Indian journal of veterinary science and animal husbandry - Volumes 15-17, 1948-1951
Year: 1948
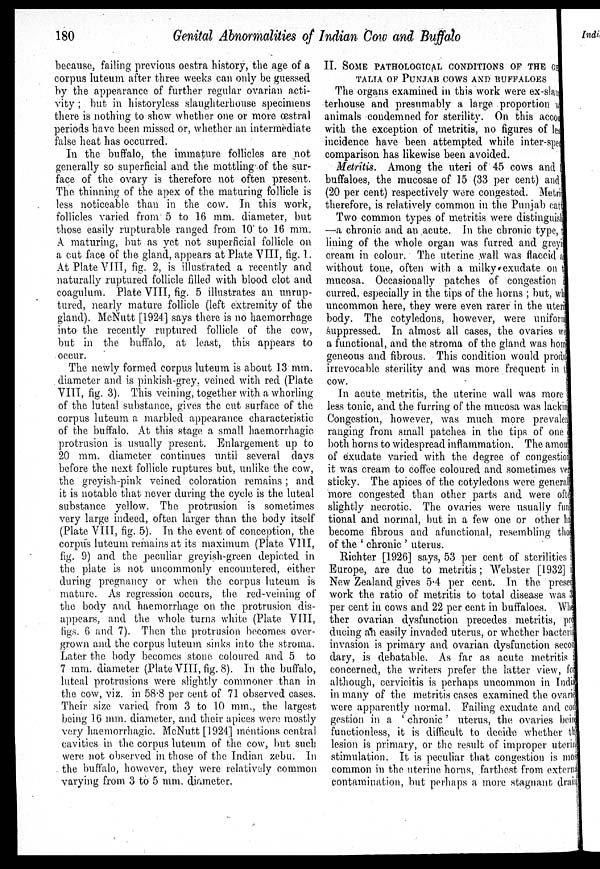
180
Genital Abnormalities of Indian Cow and Buffalo
because, failing previous oestra history, the age of a
corpus luteum after three weeks can only be guessed
by the appearance of further regular ovarian acti-
vity ; but in historyless slaughterhouse specimens
there is nothing to show whether one or more æstral
periods have been missed or, whether an intermediate
false heat has occurred.
In the buffalo, the immature follicles are not
generally so superficial and the mottling of the sur-
face of the ovary is therefore not often present.
The thinning of the apex of the maturing follicle is
less noticeable than in the cow. In this work,
follicles varied from 5 to 16 mm. diameter, but
those easily rupturable ranged from 10 to 16 mm.
A maturing, but as yet not superficial follicle on
a cut face of the gland, appears at Plate VIII, fig. 1.
At Plate VIII, fig. 2, is illustrated a recently and
naturally ruptured follicle filled with blood clot and
coagulum. Plate VIII, fig. 5 illustrates an unrup-
tured, nearly mature follicle (left extremity of the
gland). McNutt [1924] says there is no haemorrhage
into the recently ruptured follicle of the cow,
but in the buffalo, at least, this appears to
occur.
The newly formed corpus luteum is about 13 mm.
diameter and is pinkish-grey, veined with red (Plate
VIII, fig. 3). This veining, together with a whorling
of the luteal substance, gives the cut surface of the
corpus luteum a marbled appearance characteristic
of the buffalo. At this stage a small haemorrhagic
protrusion is usually present. Enlargement up to
20 mm. diameter continues until several days
before the next follicle ruptures but, unlike the cow,
the greyish-pink veined coloration remains; and
it is notable that never during the cycle is the luteal
substance yellow. The protrusion is sometimes
very large indeed, often larger than the body itself
(Plate VIII, fig. 5). In the event of conception, the
corpus luteum remains at its maximum (Plate VIII,
fig. 9) and the peculiar greyish-green depicted in
the plate is not uncommonly encountered, either
during pregnancy or when the corpus luteum is
mature. As regression occurs, the red-veining of
the body and haemorrhage on the protrusion dis-
appears, and the whole turns white (Plate VIII,
figs. 6 and 7). Then the protrusion becomes over-
grown and the corpus luteum sinks into the stroma.
Later the body becomes stone coloured and 5 to
7 mm. diameter (Plate VIII, fig. 8). In the buffalo,
luteal protrusions were slightly commoner than in
the cow, viz. in 58.8 per cent of 71 observed cases.
Their size varied from 3 to 10 mm., the largest
being 16 mm. diameter, and their apices were mostly
very haemorrhagic. McNutt [1924] mentions central
cavities in the corpus luteum of the cow, but such
were not observed in those of the Indian zebu. In
the buffalo, however, they were relatively common
varying from 3 to 5 mm. diameter.
II. SOME PATHOLOGICAL CONDITION OF THE GENI
TALIA OF PUNJAB COWS AND BUFFALOES
The organs examined in this work were ex-slaugh
terhouse and presumably a large proportion were
animals condemned for sterility. On this account
with the exception of metritis, no figures of lesion
incidence have been attempted while inter-species
comparison has likewise been avoided.
Metritis. Among the uteri of 45 cows and 185
buffaloes, the mucosae of 15 (33 per cent) and 37
(20 per cent) respectively were congested. Metritis
therefore, is relatively common in the Punjab cattle
Two common types of metritis were distinguished
—a chronic and an acute. In the chronic type,the
lining of the whole organ was furred and greyish
cream in colour. The uterine wall was flaccid and
without tone, often with a milky exudate on the
mucosa. Occasionally patches of congestion oc-
curred, especially in the tips of the horns ; but, while
uncommon here, they were even rarer in the uterine
body. The cotyledons, however, were uniformly
suppressed. In almost all cases, the ovaries were
a functional, and the stroma of the gland was homo
geneous and fibrous. This condition would produce
irrevocable sterility and was more frequent in the
cow.
In acute metritis, the uterine wall was more or
less tonic, and the furring of the mucosa was lacking
Congestion, however, was much more prevalent
ranging from small patches in the tips of one 01
both horns to widespread inflammation. The amount
of exudate varied with the degree of congestion
it was cream to coffee coloured and sometimes very
sticky. The apices of the cotyledons were generally
more congested than other parts and were often
slightly necrotic. The ovaries were usually func-
tional and normal, but in a few one or other had
become fibrous and afunctional, resembling those
of the 'chronic' uterus.
Richter [1926] says, 53 per cent of sterilities in
Europe, are due to metritis; Webster [1932] in
New Zealand gives 5.4 per cent. In the present
work the ratio of metritis to total disease was 33
per cent in cows and 22 per cent in buffaloes. Whe-
ther ovarian dysfunction precedes metritis, pro-
ducing an easily invaded uterus, or whether bacterial
invasion is primary and ovarian dysfunction secon-
dary, is debatable. As far as acute metritis is
concerned, the writers prefer the latter view, for
although, cervicitis is perhaps uncommon in India
in many of the metritis cases examined the ovaries
were apparently normal. Failing exudate and con-
gestion in a 'chronic' uterus, the ovaries being
functionless, it is difficult to decide whether the
lesion is primary, or the result of improper uterine
stimulation. It is peculiar that congestion is most
common in the uterine horns, farthest from external
contamination, but perhaps a more stagnant drain